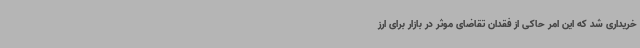
خریداری شد که این امر حاکی از فقدان تقاضای موثر در بازار برای ارز